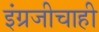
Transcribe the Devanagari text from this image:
इंग्रजीचाही